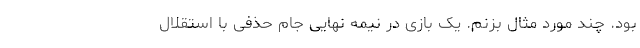
بود. چند مورد مثال بزنم. یک بازی در نیمه نهایی جام حذفی با استقلال